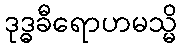
ဒုဒ္ဓခီရောဟမသ္မိ